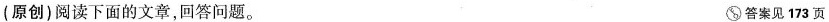
(原创)阅读下面的文章，回答问题。 答案见173页